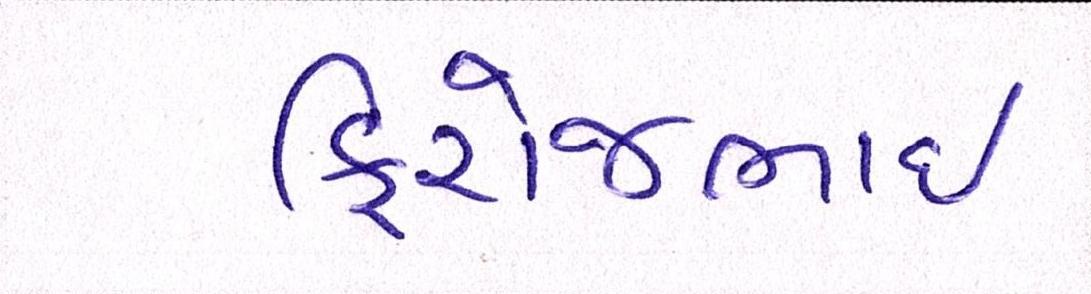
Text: ફિરોજભાઇ